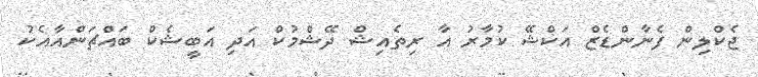
ޖެކްލިން ފެނާންޑެޒް އަކްޝޭ ކުމާރު އާ ރިތެއިޝް ދޭޝްމުކް އަދި އަބީޝެކް ބައްޗަންއާއެކު